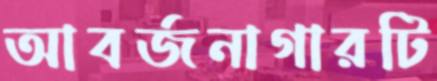
আবর্জনাগারটি